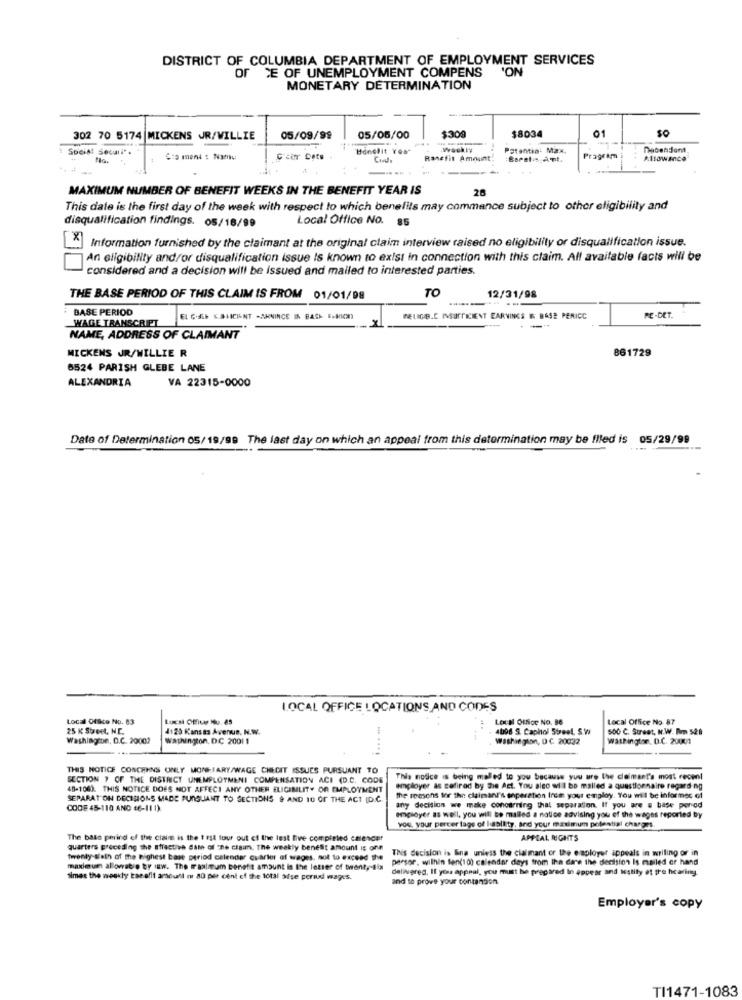
DISTRICT OF COLUMBIA DEPARTMENT OF EMPLOYMENT SERVICES
'ON
OF CE OF UNEMPLOYMENT COMPENS
MONETARY DETERMINATION
01
$0
302 70 5174 MICKENS JR/WILLIE
05/09/99
05/05/00
$309
$8034
Soeis Secu
Honelit You"
wackly
Patentia: Max.
Dacendent
515 ment : Naniu
Car Deto
Ranefit Amount
Bareles Art.
Program
Allowance
MAXIMUM NUMBER OF BENEFIT WEEKS IN THE BENEFIT YEAR IS
28
This date is the first day of the week with respect to which benelits may commence subject to other eligibility and
Local Office No. 85
disqualification findings. 05/18/99
X
Information furnished by the claimant at the original claim interview raised no eligibility or disqualification issue.
An eligibility and/or disqualification issue Is known to exist in connection with this claim. Alf available facts will be
considered and a decision will be Issued and mailed to interested parties.
THE BASE PERIOD OF THIS CLAIM IS FROM 01/01/98
TO
12/31/98
BASE PERIOD
WAGE TRANSCRIPT
RELIGIE.C INSUFFICIENT EARNINGS & BASE PERICC
PE-DET.
NAME, ADDRESS OF CLAIMANT
MICKENS JR/WILLIE R
861729
8524 PARISH GLEBE LANE
ALEXANDRIA
VA 22315-0000
Date of Determination 05/19/99 The last day on which an appeal from this determination may be filed is 05/29/99
LOCAL OFFICE LOCATIONS AND CODES
Local Office No. 83
LOCH Office No. 85
Local Office No. 86
Local Office No 87
25 K Street, N.C.
4125 Kansas Avenue. N.W.
4006 S. Capitol Street. S.W
500 C. Street, N.W. Am 526
Washington, D.C. 20002
washington, D.C 2001 1
.. ..
Washington, DC 20032
Washington, D.C. 2001
THIS NOTICE CONCERNS ONLY MONETARY/WAGE CHEDIT ISSUES PURSUANT TO
SECTION , OF THE DISTRICT UNEMPLOYMENT COMPENSATION ACI (D.C. CODE
This notice is being malled to you because you ure the claimant's most reoml
48-108). THIS NOTICE DOES NOT AFFECT ANY OTHER ELIGIBILITY OR EMPLOYMENT
employer as cefired by the Act. You algo will be mailed a questionnaire regarding
SEPARAT ON DECISIONS MADE PUNGUANT TO SECTIONS & AND 10 OF THE ACT (D.C.
the reasons for the claimant's soperation from your employ. You will be informes of
CODE 45-110 AND 66-11 1)
any decision we make concerning thal separation. If you are a base porod
employer as well, you will be malled a notice advising you of the wages reported by
you, your percer tage of lability, and your maximum potential charges
The base perind of the claim is the 1 st tour out of the last five completed calender
APPLAL RIGHTS
quarters preceding the stractive date of the claim. The weekly benefit amount is onn
This decision is Ena unless the claimant or the employer appeals in writing or in
Twenty siath of the highest base period calendar cuarler of wages, not to exceed the
persor, within fen(10) calendar days from the dare the decision Is mailed or hand
maxdeun allowstre by law. The maximum benefit amount is the letter of twenty-fix
delivered. If you appeal, you must be prepared In appear and Istity of pre hcaring.
simee the weekly tanofit amouril or 80 per cent of the total ofse periud wages.
and to prove your contantion.
Employer's copy
TI1471-1083